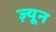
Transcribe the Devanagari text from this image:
ज़्यून